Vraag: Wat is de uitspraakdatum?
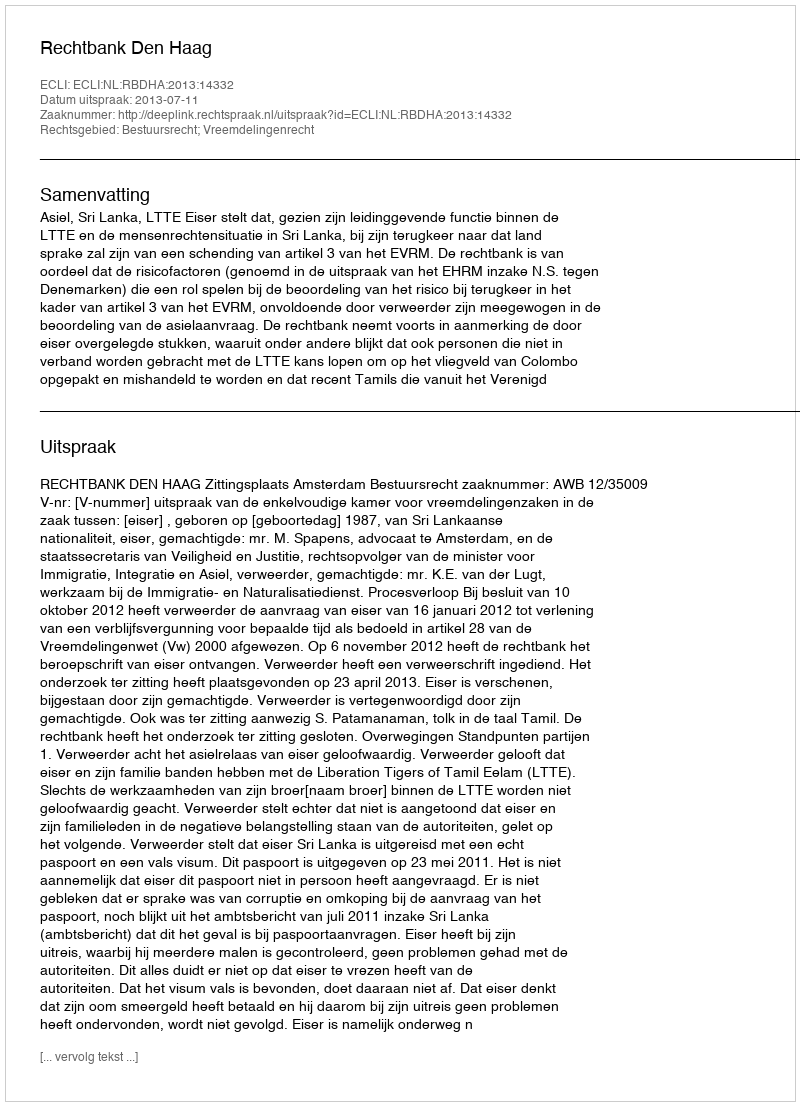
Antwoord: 2013-07-11